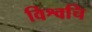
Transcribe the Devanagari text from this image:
विश्वचि